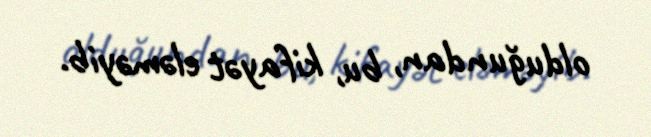
olduğundan, bu, kifayət eləməyib.